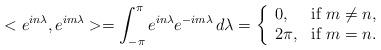
LaTeX: \begin{align*} <e^{in\lambda},e^{im\lambda} >=\int^\pi_{-\pi} e^{in\lambda} e^{-im\lambda} \,d\lambda =\left\{\begin{array}{ll} 0, & \mbox{if } m\neq n,\\2\pi, & \mbox{if } m=n.\end{array}\right.\end{align*}